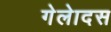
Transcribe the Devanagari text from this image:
गेलेादस